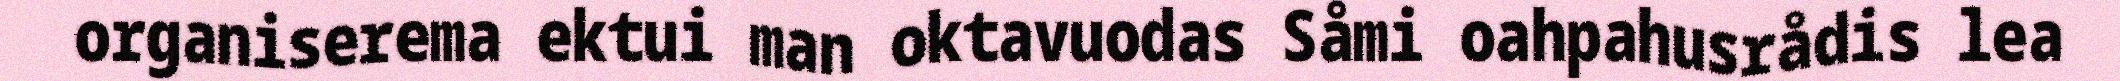
organiserema ektui man oktavuodas Såmi oahpahusrådis lea